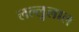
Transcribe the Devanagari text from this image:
लल्लुलाल